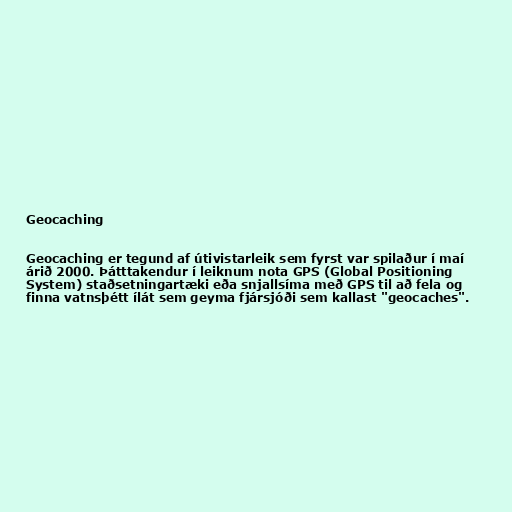
Geocaching

Geocaching er tegund af útivistarleik sem fyrst var spilaður í maí
árið 2000. Þátttakendur í leiknum nota GPS (Global Positioning
System) staðsetningartæki eða snjallsíma með GPS til að fela og
finna vatnsþétt ílát sem geyma fjársjóði sem kallast "geocaches".